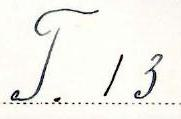
T. 13